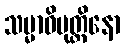
သမ္မာဝိမုတ္တိနော